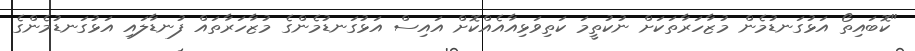
"ކޮބައިތޯ އަޅުގަނޑުމެން މުޒާހަރާތަކަށް ނުކުތީމަ ކަތިވަޅިއާއެއްކޮށް އައިސް އަޅުގަނޑުމެންގެ މުޒާހަރާތައް ފުނޑާލައި އަޅުގަނޑުމެންގެ